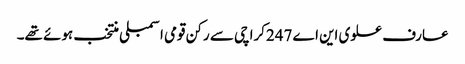
عارف علوی این اے 247کراچی سے رکن قومی اسمبلی منتخب ہوئے تھے۔